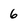
Character: 6